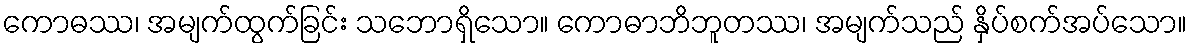
ကောဓဿ၊ အမျက်ထွက်ခြင်း သဘောရှိသော။ ကောဓာဘိဘူတဿ၊ အမျက်သည် နှိပ်စက်အပ်သော။